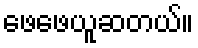
ဖေဖေယူဆတယ်။